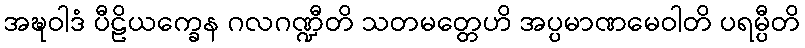
အဍ္ဎဝါဒံ ပီဠိယက္ခေန ဂလဂဏ္ဍီတိ သတမတ္တေဟိ အပ္ပမာဏမေဝါတိ ပရမ္ပီတိ